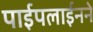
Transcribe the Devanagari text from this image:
पाईपलाईनने